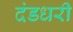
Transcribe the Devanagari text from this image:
दंडधरी